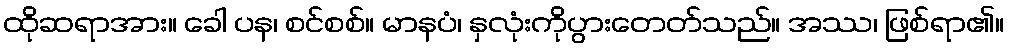
ထိုဆရာအား။ ခေါ ပန၊ စင်စစ်။ မာနပံ၊ နှလုံးကိုပွားတေတ်သည်။ အဿ၊ ဖြစ်ရာ၏။